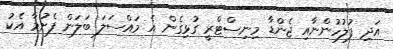
އަދި ފުލުހުންނާއި ޖެންޑާ މިނިސްޓްރީ ގުޅިގެން އެ މައްސަލަ ބަލަން ފެށުމާ އެކު